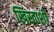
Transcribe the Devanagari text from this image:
ख्रिस्ताशी